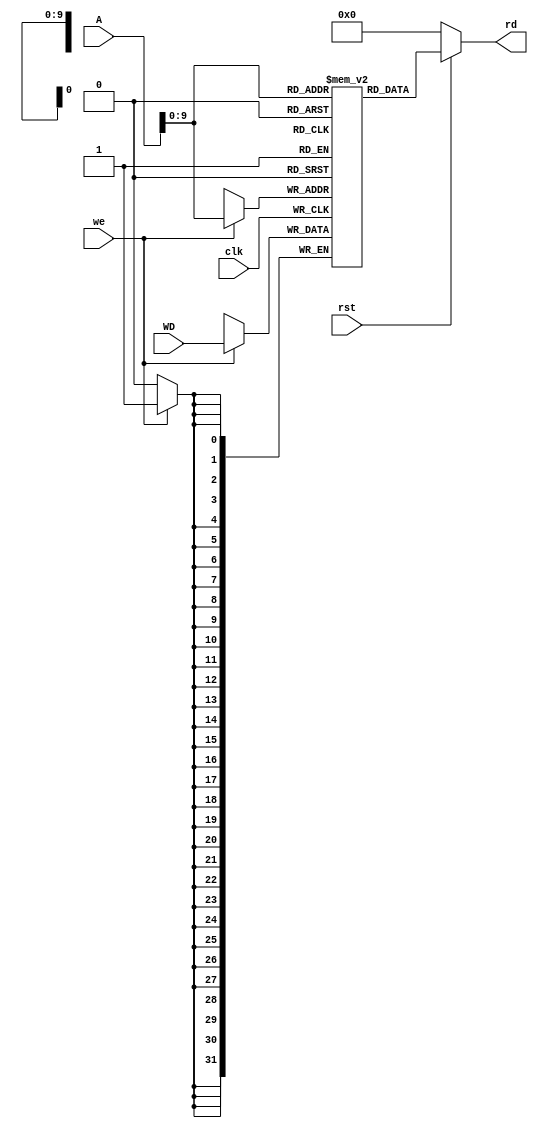
module data_mem (
    
    input clk,rst,we,
    input [31:0] A,
    input [31:0] WD,
    output  [31:0] rd

);
    
    reg [31:0] data_array [1023:0] ;


    always @ (posedge clk)
    begin
        if(we)
            data_array[A] <= WD;
    end

    assign rd = (~rst) ? 32'h00000000 : data_array[A];

initial begin
    
    data_array[28] = 32'h00000020;
    data_array[40] = 32'h00000002;
end

endmodule